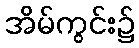
အိမ်ကွင်း၌